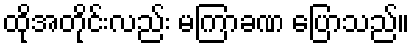
ထိုအတိုင်းလည်း မကြာခဏ ပြောသည်။